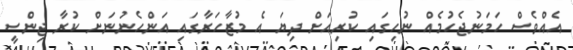
އެއްވެސް ހަމަނުޖެހުމެއް ނުހިގައި ކުރިއަށް ދިޔަ އެ މުޒާހަރާގައި އަންހެނުނަށް ކުރާ ޖިންސީ